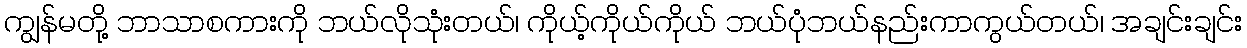
ကျွန်မတို့ ဘာသာစကားကို ဘယ်လိုသုံးတယ်၊ ကိုယ့်ကိုယ်ကိုယ် ဘယ်ပုံဘယ်နည်းကာကွယ်တယ်၊ အချင်းချင်း